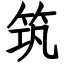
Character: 筑